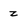
Character: z